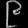
Digit: ၉